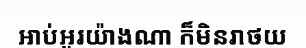
អាប់អួរយ៉ាងណា ក៏មិនរាថយ